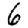
Digit: 6